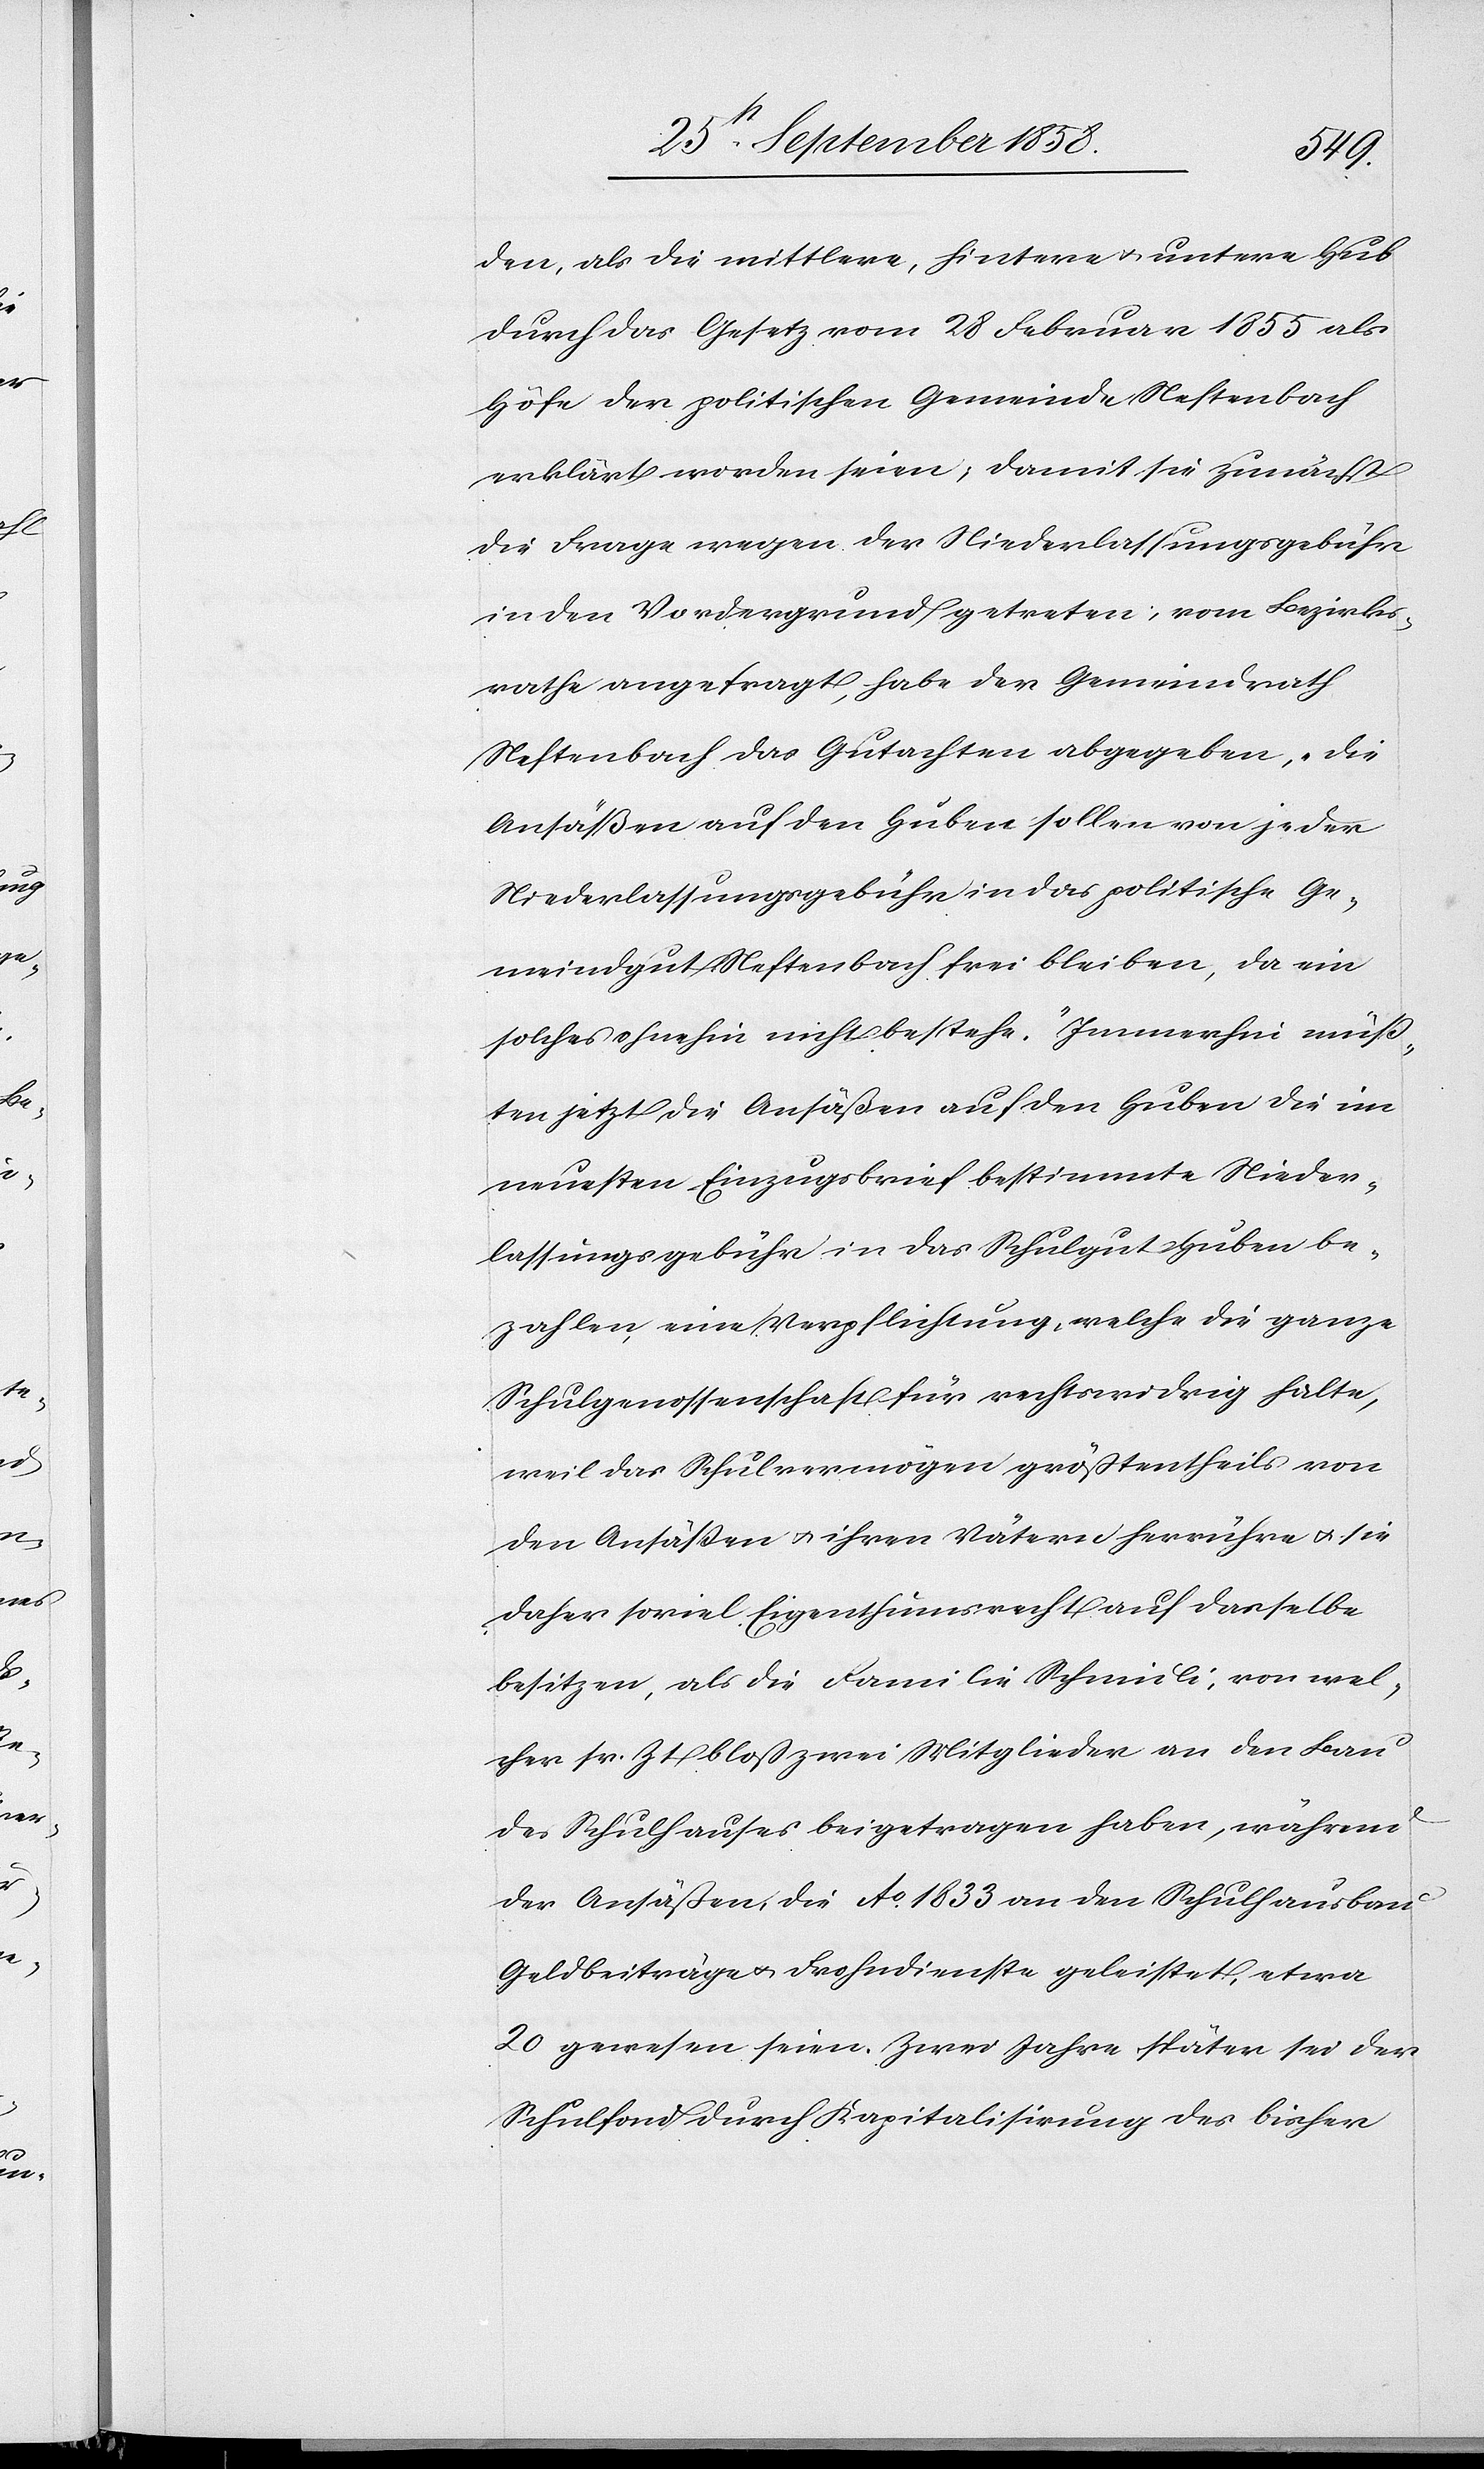
den, als die mittlere, hintere & untere Hub
durch das Gesetz vom 28 Februar 1855 als
Höfe der politischen Gemeinde Neftenbach
erklärt worden seien; damit sie [recte:
die Frage wegen der Niederlassungsgebühr
in den Vordergrund getreten; vom Bezirks¬
rathe angefragt, habe der Gemeindrath
Neftenbach das Gutachten abgegeben, „die
Ansäßen auf den Huben sollen von jeder
Niederlassungsgebühr in das politische Ge¬
meindgut Neftenbach frei bleiben, da ein
solches ohnehin nicht bestehe“. Immerhin müß¬
ten jetzt die Ansäßen auf den Huben die im
neuesten Einzugsbrief bestimmte Nieder¬
lassungsgebühr in das Schulgut Huben be¬
zahlen, eine Verpflichtung, welche die ganze
Schulgenossenschaft für rechtswidrig halte,
weil das Schulvermögen größtentheils von
den Ansäßen & ihren Vätern herrühre & sie
daher soviel Eigenthumsrecht auf dasselbe
besitzen, als die Familie Schmidli, von wel¬
cher sr. Zt. bloß zwei Mitglieder an den Bau
des Schulhauses beigetragen haben, während
der Ansäßen, die Ao. 1833 an den Schulhausbau
Geldbeiträge & Frohndienste geleistet, etwa
20 gewesen seien. Zwei Jahre später sei der
Schulfond durch Kapitalisirung des bisher